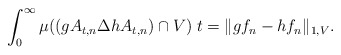
\begin{align*}\int_0^{\infty}\mu((gA_{t,n}\Delta hA_{t,n})\cap V)\;t=\|gf_n-hf_n\|_{1,V}. \end{align*}